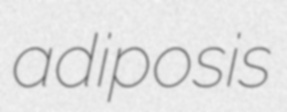
adiposis